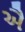
ઐ